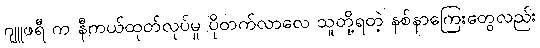
ဂျူဖရီ က နီကယ်ထုတ်လုပ်မှု ပိုတက်လာလေ သူတို့ရတဲ့ နစ်နာကြေးတွေလည်း